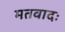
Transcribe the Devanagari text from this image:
मतवादः